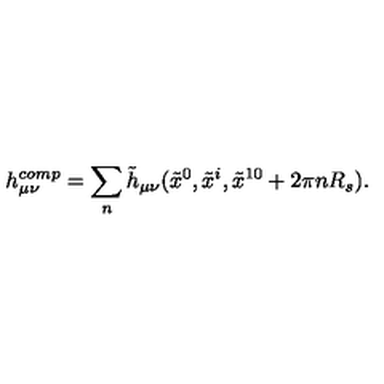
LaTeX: h _ { \mu \nu } ^ { c o m p } = \sum _ { n } \tilde { h } _ { \mu \nu } ( \tilde { x } ^ { 0 } , \tilde { x } ^ { i } , \tilde { x } ^ { 1 0 } + 2 \pi n R _ { s } ) .